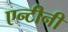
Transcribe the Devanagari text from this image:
एन्टीनी